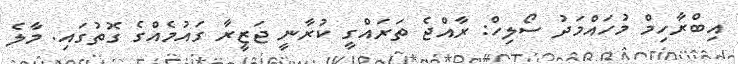
އިބްރާހިމް މުހައްމަދު ސޯލިހް: ރާއްޖެ ތަރައްގީ ކުރާނީ ޖަޒީރާ ގައުމެއްގެ ގޮތުގައި. މާލެ